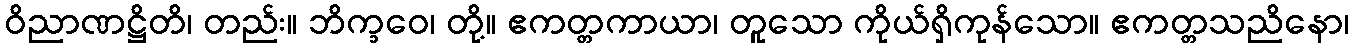
ဝိညာဏဋ္ဌိတိ၊ တည်း။ ဘိက္ခဝေ၊ တို့။ ဧကတ္တကာယာ၊ တူသော ကိုယ်ရှိကုန်သော။ ဧကတ္တသညိနော၊